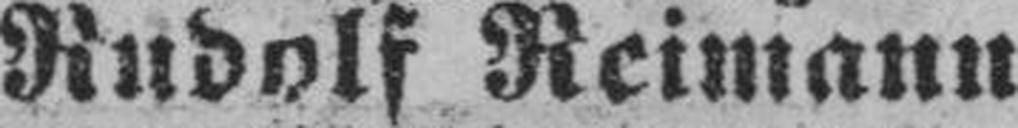
Rudolf Reimann